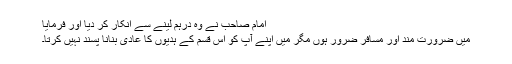
امام صاحب نے وہ درہم لینے سے انکار کر دیا اور فرمایا
میں ضرورت مند اور مسافر ضرور ہوں مگر میں اپنے آپ کو اس قسم کے ہدیوں کا عادی بنانا پسند نہیں کرتا۔